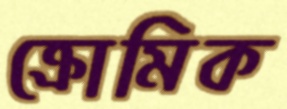
ক্রোমিক